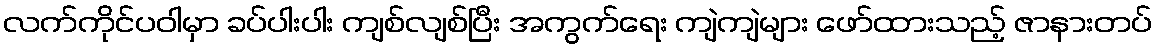
လက်ကိုင်ပဝါမှာ ခပ်ပါးပါး ကျစ်လျစ်ပြီး အကွက်ရေး ကျဲကျဲများ ဖော်ထားသည့် ဇာနားတပ်